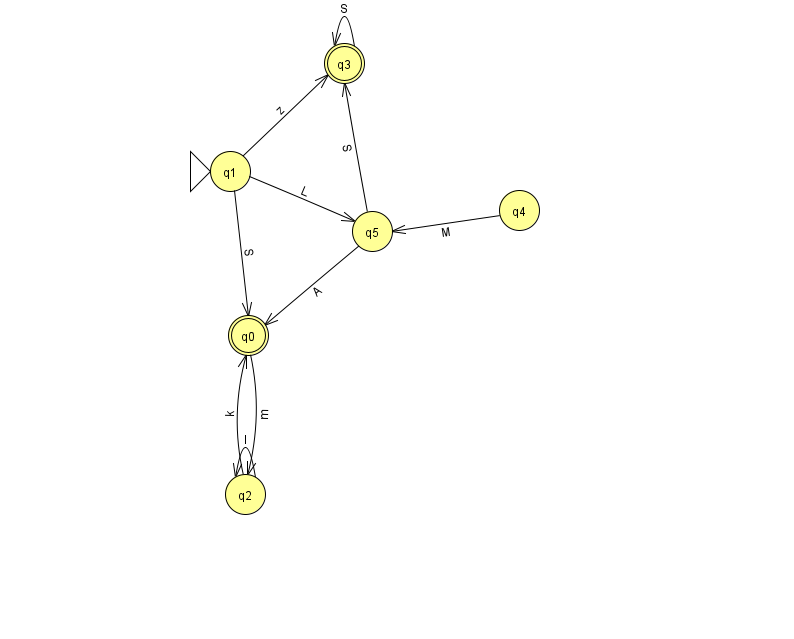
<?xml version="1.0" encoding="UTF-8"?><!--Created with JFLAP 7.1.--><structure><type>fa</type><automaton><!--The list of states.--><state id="0" name="q0"><x>248.0</x><y>322.0</y><final/></state><state id="1" name="q1"><x>230.0</x><y>158.0</y><initial/></state><state id="2" name="q2"><x>245.0</x><y>481.0</y></state><state id="3" name="q3"><x>344.0</x><y>50.0</y><final/></state><state id="4" name="q4"><x>519.0</x><y>197.0</y></state><state id="5" name="q5"><x>372.0</x><y>218.0</y></state><!--The list of transitions.--><transition><from>0</from><to>2</to><read>m</read></transition><transition><from>3</from><to>3</to><read>S</read></transition><transition><from>5</from><to>0</to><read>A</read></transition><transition><from>1</from><to>5</to><read>L</read></transition><transition><from>5</from><to>3</to><read>S</read></transition><transition><from>1</from><to>3</to><read>z</read></transition><transition><from>2</from><to>0</to><read>k</read></transition><transition><from>1</from><to>0</to><read>S</read></transition><transition><from>2</from><to>2</to><read>I</read></transition><transition><from>4</from><to>5</to><read>M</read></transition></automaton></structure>